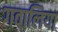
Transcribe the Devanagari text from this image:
गवालिया